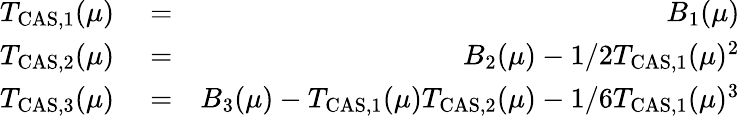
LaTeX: \begin{array}{rlr}{T_{\mathrm{CAS,1}}(\mu)}&{{}=}&{B_{1}(\mu)}\\ {T_{\mathrm{CAS,2}}(\mu)}&{{}=}&{B_{2}(\mu)-1/2T_{\mathrm{CAS,1}}(\mu)^{2}}\\ {T_{\mathrm{CAS,3}}(\mu)}&{{}=}&{B_{3}(\mu)-T_{\mathrm{CAS,1}}(\mu)T_{\mathrm{CAS,2}}(\mu)-1/6T_{\mathrm{CAS,1}}(\mu)^{3}}\end{array}